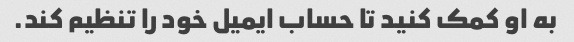
به او کمک کنید تا حساب ایمیل خود را تنظیم کند.